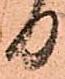
る